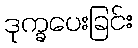
ဒုက္ခပေးခြင်း